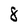
Character: 8